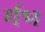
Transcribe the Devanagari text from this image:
र्गभ